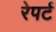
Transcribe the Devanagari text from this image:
रेपर्ट